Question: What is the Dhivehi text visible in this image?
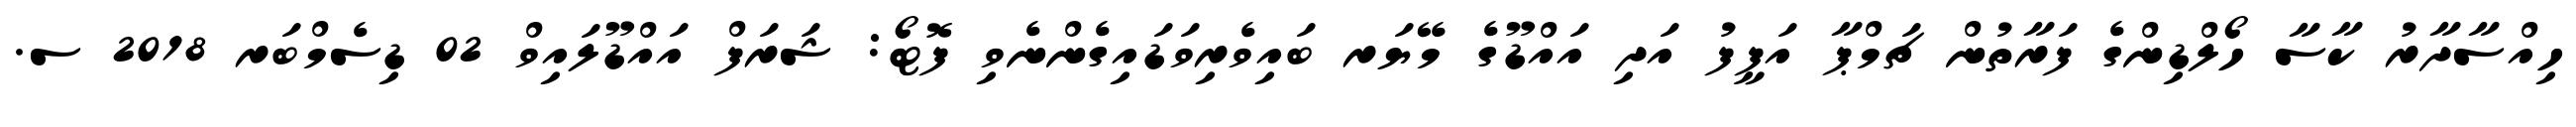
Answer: ހިއްސާދާރު ކާސާ ހޯލްޑިންގެ ފަރާތުން ޗަމްޕާ އަފީފު އަދި އައްޑޫގެ މޭޔަރ ބައިވެރިވަޑައިގެންނެވި ފޮޓޯ: ޝަރަފް އައްޑޫލައިވް 02 ޑިސެމްބަރ 2018 ސ.